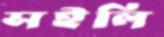
সইলি